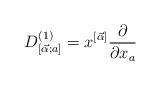
LaTeX: \begin{align*}D^{(1)}_{[\vec{\alpha};a]} = x^{[\vec{\alpha}]} \frac{\partial}{\partial x_a}\end{align*}